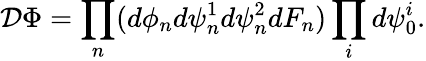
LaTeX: {\cal D}\Phi=\prod_{n}(d\phi_{n}d\psi_{n}^{1}d\psi_{n}^{2}dF_{n})\prod_{i}d\psi_{0}^{i}.